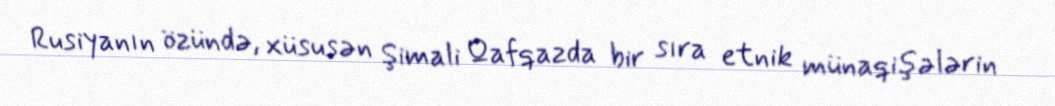
Rusiyanın özündə, xüsusən Şimali Qafqazda bir sıra etnik münaqişələrin